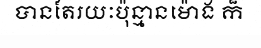
បានតែរយៈប៉ុន្មានម៉ោង ក៏